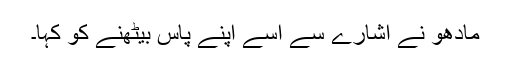
مادھو نے اشارے سے اُسے اپنے پاس بیٹھنے کو کہا۔